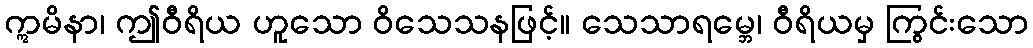
ဣမိနာ၊ ဤဝီရိယ ဟူသော ဝိသေသနဖြင့်။ သေသာရမ္ဘေ၊ ဝီရိယမှ ကြွင်းသော